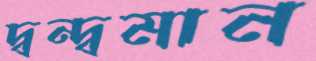
দ্বন্দ্বমান